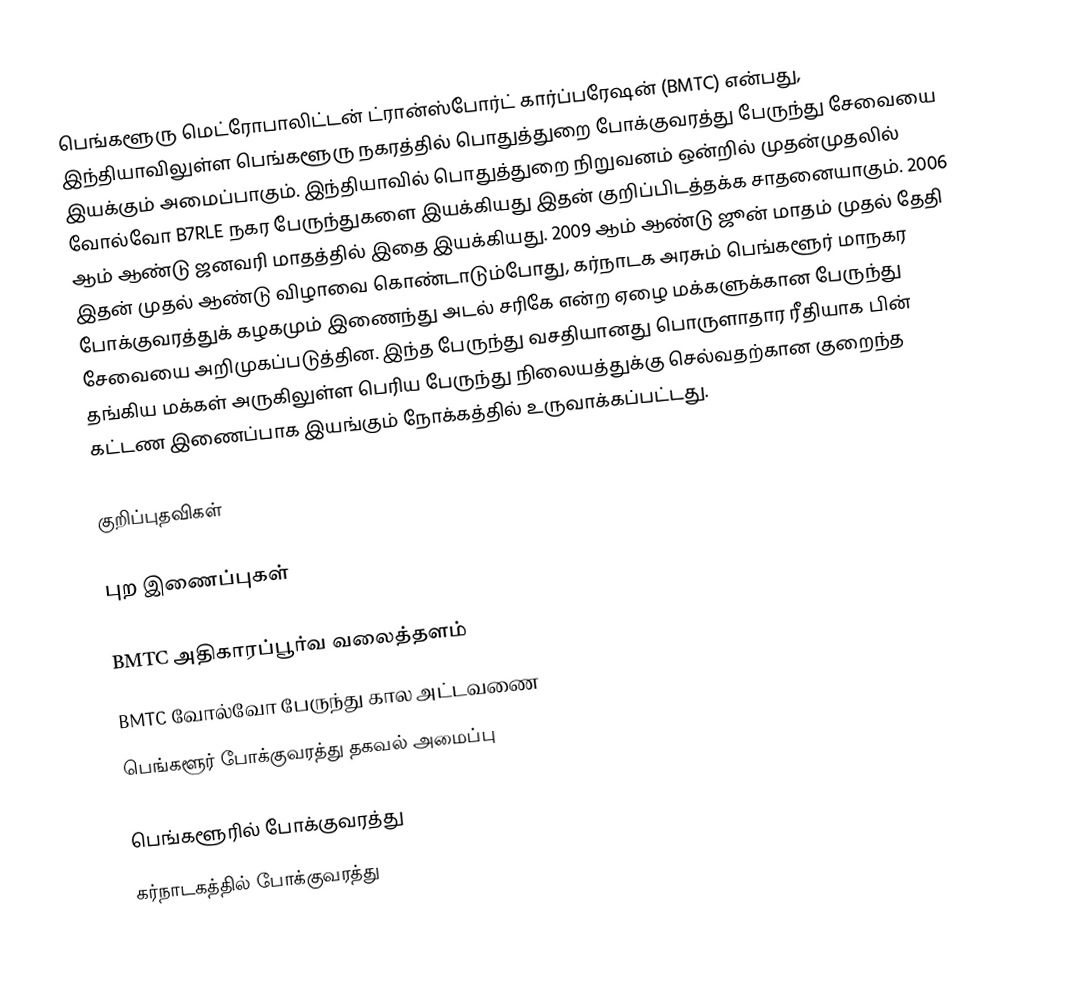
பெங்களூரு மெட்ரோபாலிட்டன் ட்ரான்ஸ்போர்ட் கார்ப்பரேஷன்  (BMTC) என்பது, இந்தியாவிலுள்ள பெங்களூரு நகரத்தில் பொதுத்துறை போக்குவரத்து பேருந்து சேவையை இயக்கும் அமைப்பாகும். இந்தியாவில் பொதுத்துறை நிறுவனம் ஒன்றில் முதன்முதலில் வோல்வோ B7RLE நகர பேருந்துகளை இயக்கியது இதன் குறிப்பிடத்தக்க சாதனையாகும். 2006 ஆம் ஆண்டு ஜனவரி மாதத்தில் இதை இயக்கியது. 2009 ஆம் ஆண்டு ஜூன் மாதம் முதல் தேதி இதன் முதல் ஆண்டு விழாவை கொண்டாடும்போது, கர்நாடக அரசும் பெங்களூர் மாநகர போக்குவரத்துக் கழகமும்  இணைந்து அடல் சரிகே என்ற ஏழை மக்களுக்கான பேருந்து சேவையை அறிமுகப்படுத்தின. இந்த பேருந்து வசதியானது பொருளாதார ரீதியாக பின் தங்கிய மக்கள் அருகிலுள்ள பெரிய பேருந்து நிலையத்துக்கு செல்வதற்கான குறைந்த கட்டண இணைப்பாக இயங்கும் நோக்கத்தில் உருவாக்கப்பட்டது.

குறிப்புதவிகள்

புற இணைப்புகள்

BMTC அதிகாரப்பூர்வ வலைத்தளம்
BMTC வோல்வோ பேருந்து கால அட்டவணை
பெங்களூர் போக்குவரத்து தகவல் அமைப்பு

பெங்களூரில் போக்குவரத்து
கர்நாடகத்தில் போக்குவரத்து